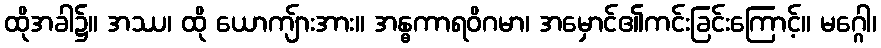
ထိုအခါ၌။ အဿ၊ ထို ယောကျ်ားအား။ အန္ဓကာရဝိဂမာ၊ အမှောင်၏ကင်းခြင်းကြောင့်။ မဂ္ဂေါ၊